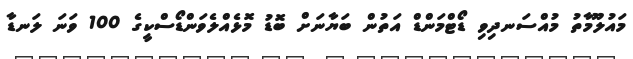
މައުލޫމާތު މުއްސަނދިވި ޑޯޓްމަންޑް އަތުން ބަޔާނަށް ބޮޑު މޮޅެއްލެވަންޑޯސްކީގެ 100 ވަނަ ލަނޑާ